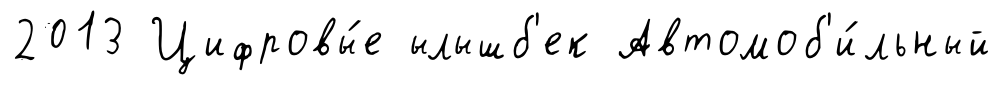
2013 Цифровы́е ылышб'ек Автомоб'и́льный